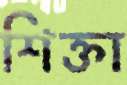
শিক্তা